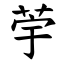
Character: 荢